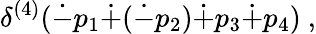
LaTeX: \delta^{(4)}(\dot{-}p_{1}\dot{+}(\dot{-}p_{2})\dot{+}p_{3}\dot{+}p_{4})~,